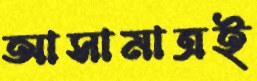
আসামাত্রই